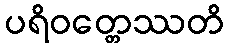
ပရိဝတ္တေဿတိ